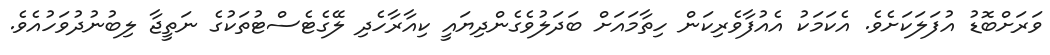
ވަރަށްބޮޑު އުފަލަކަށެވެ. އެކަމަކު އެއުފާވެރިކަން ހިތާމައަށް ބަދަލުވެގެންދިޔައީ ކިއާރާހެދި ލޭގެޓެސްޓުތަކުގެ ނަތީޖާ ލިބުނުދުވަހުއެވެ.